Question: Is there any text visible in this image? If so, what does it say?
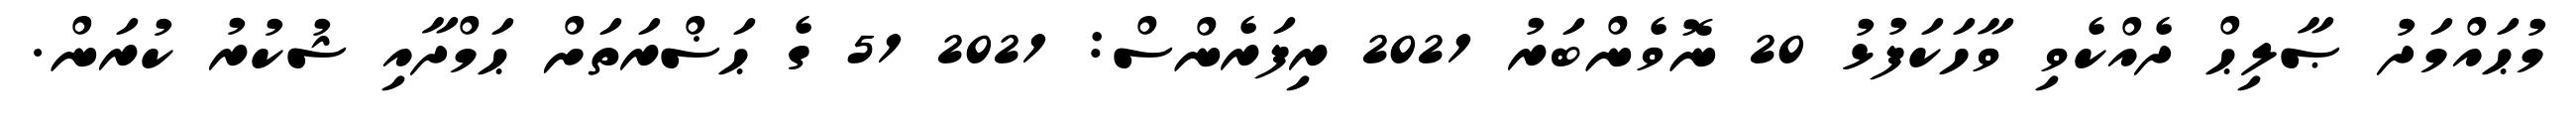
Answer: މުޙައްމަދު ޞާލިޙް ދެއްކެވި ވާހަކަފުޅު 20 ނޮވެންބަރު 2021 ރިފަރެންސް: 2021 51 ގެ ޙަޟްރަތަށް ޙަމްދާއި ޝުކުރު ކުރަން.